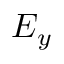
E _ { y }